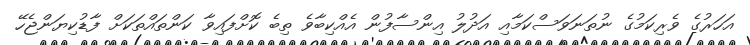
އަހަރުގެ ވެރިކަމުގެ ނުތަނަވަސްކަމާއި އަދުލު އިންސާފުން އެއްކިބާވެ ތިބެ ކޮށްފައިވާ ކަންތައްތަކަށް ފާޑުކިޔަންޖެހޭ